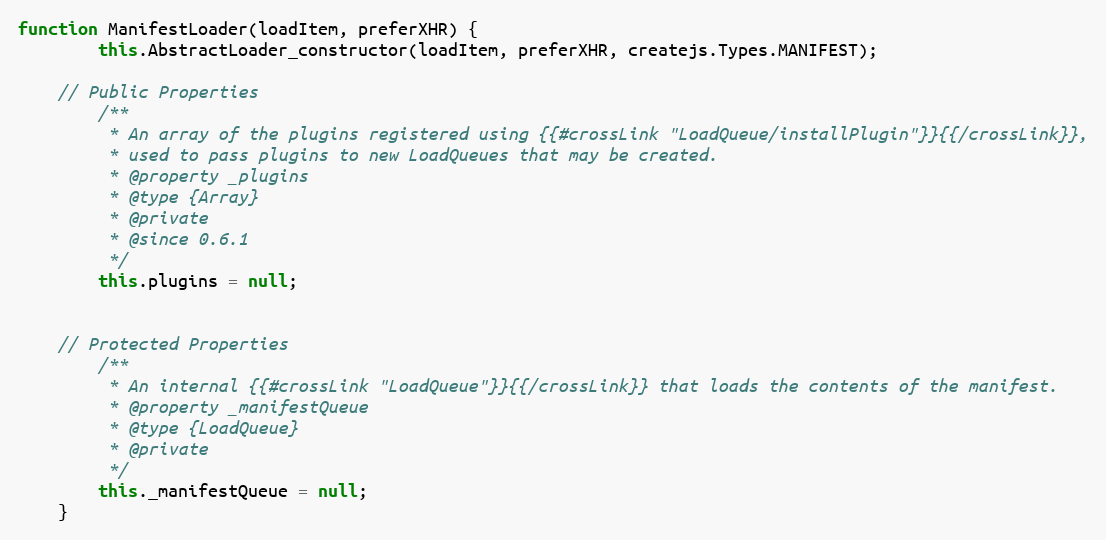
Language: JavaScript
function ManifestLoader(loadItem, preferXHR) {
		this.AbstractLoader_constructor(loadItem, preferXHR, createjs.Types.MANIFEST);

	// Public Properties
		/**
		 * An array of the plugins registered using {{#crossLink "LoadQueue/installPlugin"}}{{/crossLink}},
		 * used to pass plugins to new LoadQueues that may be created.
		 * @property _plugins
		 * @type {Array}
		 * @private
		 * @since 0.6.1
		 */
		this.plugins = null;

	// Protected Properties
		/**
		 * An internal {{#crossLink "LoadQueue"}}{{/crossLink}} that loads the contents of the manifest.
		 * @property _manifestQueue
		 * @type {LoadQueue}
		 * @private
		 */
		this._manifestQueue = null;
	}